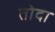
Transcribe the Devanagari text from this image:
तोदा